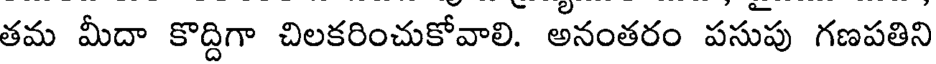
తమ మీదా కొద్దిగా చిలకరించుకోవాలి. అనంతరం పసుపు గణపతిని